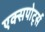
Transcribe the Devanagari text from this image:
एक्सपोर्ट्स